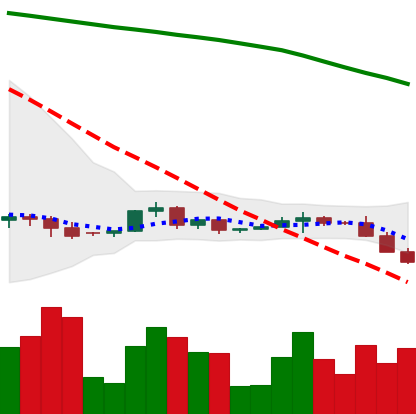
Ticker: XRP-USD
Chart end date: 2022-06-12
Forward return: -6.978%
Label: down_5_7